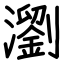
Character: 瀏